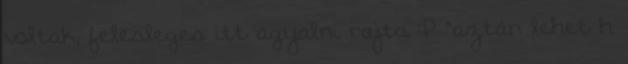
voltak, felesleges itt agyalni rajta :P “aztán lehet h